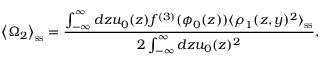
\left\langle \Omega _ { 2 } \right\rangle _ { \mathrm { s s } } = \frac { \int _ { - \infty } ^ { \infty } d z u _ { 0 } ( z ) f ^ { ( 3 ) } ( \phi _ { 0 } ( z ) ) \langle \rho _ { 1 } ( z , y ) ^ { 2 } \rangle _ { \mathrm { s s } } } { 2 \int _ { - \infty } ^ { \infty } d z u _ { 0 } ( z ) ^ { 2 } } ,